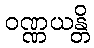
ဝဏ္ဏယန္တိ